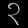
Digit: ၃